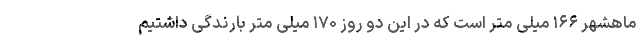
ماهشهر ۱۶۶ میلی متر است که در این دو روز ۱۷۰ میلی متر بارندگی داشتیم